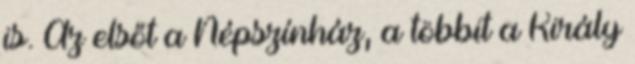
is. Az elsőt a Népszínház, a többit a Király